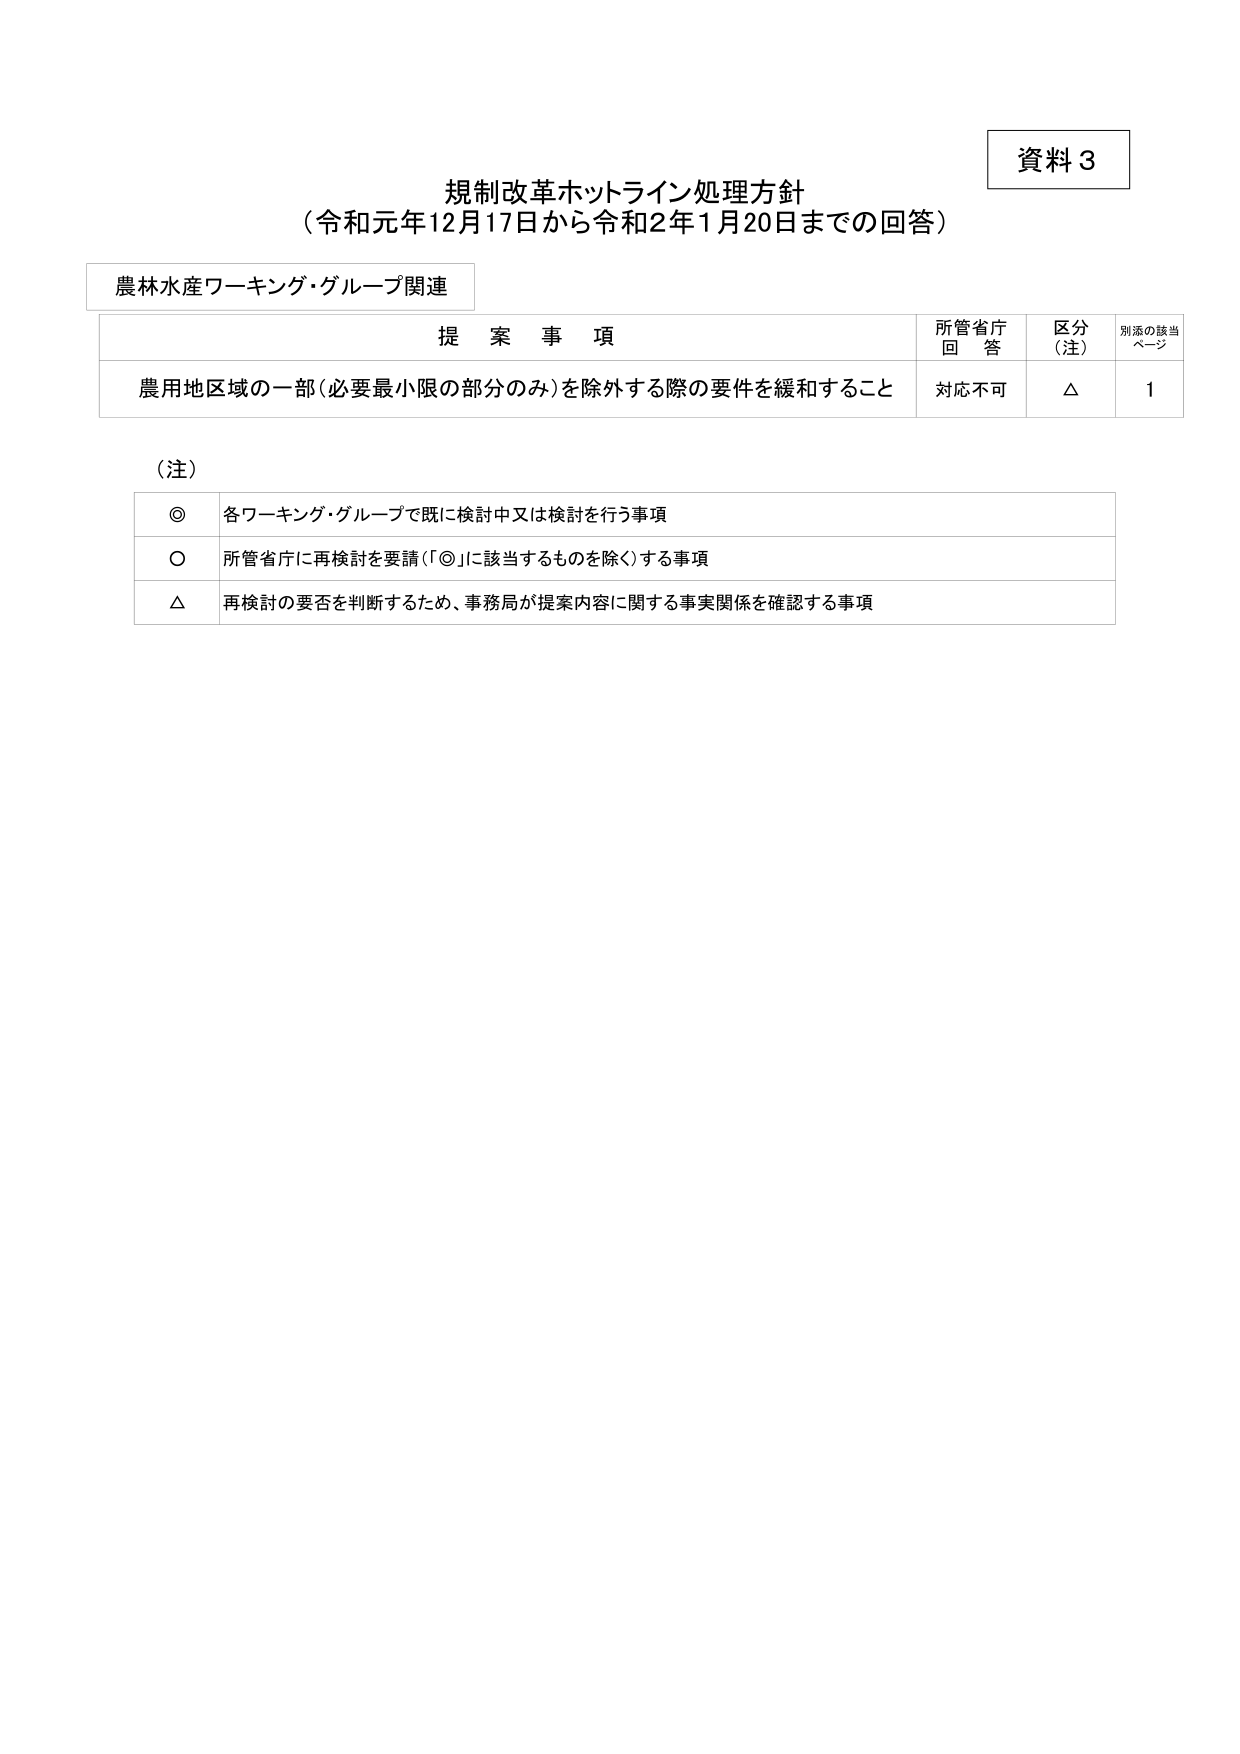
資料３

規制改革ホットライン処理方針
（令和元年12月17日から令和2年1月20日までの回答）

農林水産ワーキング・グループ関連

提案事項　　　　　　　　　　　　　　　　　　　　　　　　　所管省庁回答　　　区分（注）　　　別添の該当ページ

農用地区域の一部（必要最小限の部分のみ）を除外する際の要件を緩和すること　　対応不可　　　△　　　　　1

（注）

◎　各ワーキング・グループで既に検討中又は検討を行う事項

○　所管省庁に再検討を要請（「◎」に該当するものを除く）する事項

△　再検討の要否を判断するため、事務局が提案内容に関する事実関係を確認する事項